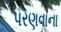
પરણવાના